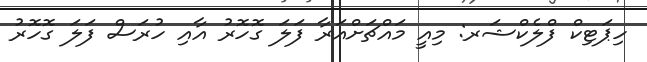
ހިޕަޓިކް ފްލެކްޝަރ: މިއީ މައްޗަށްއަރާ ފަލަ ގޮހޮރު އާއި ހުރަސް ފަލަ ގޮހޮރު